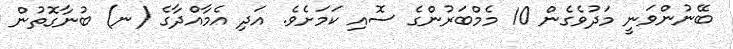
ބޭނުންވަނީ މަދުވެގެން 10 މެމްބަރުންގެ ސޮއި ކަމަށެވެ. އަދި އެމާއްދާގެ (ނ) ބުނާގޮތުން